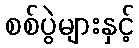
စစ်ပွဲများနှင့်